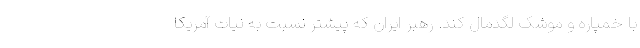
با خمپاره و موشک لگدمال کند. رهبر ایران که پیشتر نسبت به نیات آمریکا